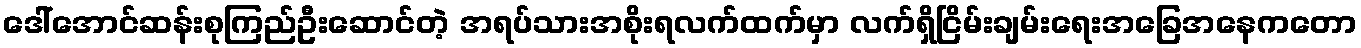
ဒေါ်အောင်ဆန်းစုကြည်ဦးဆောင်တဲ့ အရပ်သားအစိုးရလက်ထက်မှာ လက်ရှိငြိမ်းချမ်းရေးအခြေအနေကတော